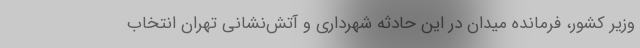
وزیر کشور، فرمانده میدان در این حادثه شهرداری و آتش‌نشانی تهران انتخاب